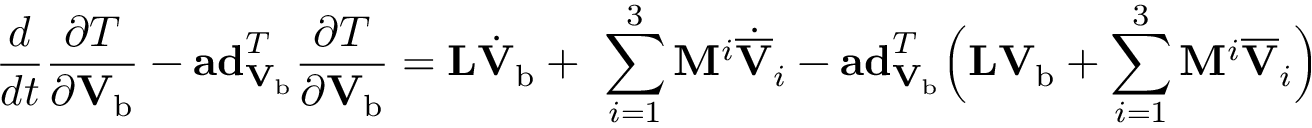
\frac { d } { d t } \frac { \partial T } { \partial \mathbf { V } _ { \mathrm { b } } } - \mathbf { a d } _ { \mathbf { V } _ { \mathrm { b } } } ^ { T } \frac { \partial T } { \partial \mathbf { V } _ { \mathrm { b } } } = \mathbf { L } \dot { \mathbf { V } } _ { \mathrm { b } } + \ \sum _ { i = 1 } ^ { 3 } \mathbf { M } ^ { i } \dot { \overline { { \mathbf { V } } } } _ { i } - \mathbf { a d } _ { \mathbf { V } _ { \mathrm { b } } } ^ { T } \Big ( \mathbf { L V } _ { \mathrm { b } } + \sum _ { i = 1 } ^ { 3 } \mathbf { M } ^ { i } \overline { { \mathbf { V } } } _ { i } \Big )